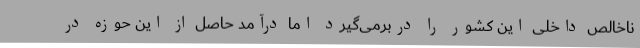
ناخالص داخلی این کشور را دربرمی‌گیرد اما درآمد حاصل از این حوزه در